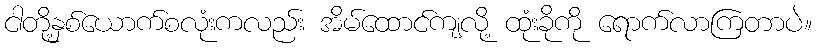
ငါတို့နှစ်ယောက်စလုံးကလည်း အိမ်ထောင်ကျလို့ ထုံးခိုကို ရောက်လာကြတာပဲ။